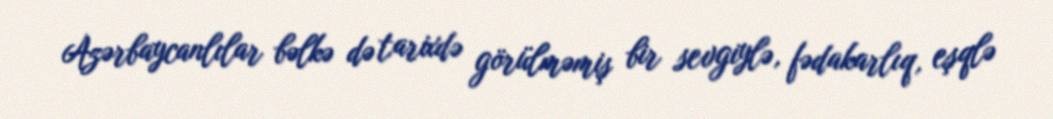
Azərbaycanlılar bəlkə də tarixdə görülməmiş bir sevgiylə, fədakarlıq, eşqlə